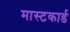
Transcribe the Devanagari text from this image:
मास्टकार्ड